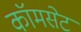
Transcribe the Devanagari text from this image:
कॉमसेट